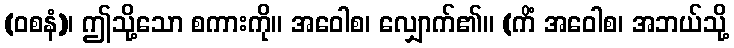
(ဝစနံ)၊ ဤသို့သော စကားကို။ အဝေါစ၊ လျှောက်၏။ (ကိံ အဝေါစ၊ အဘယ်သို့